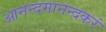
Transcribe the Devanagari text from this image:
आनन्दमानन्दकरं